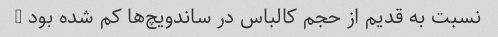
نسبت به قدیم از حجم کالباس در ساندویچ‌ها کم شده بود …